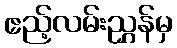
ဧည့်လမ်းညွှန်မှ